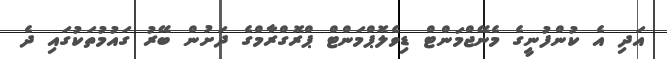
އަދި އެ ކުންފުނީގެ މެނޭޖްމަންޓް ޑިވެލޮޕްމަންޓް ޕްރޮގްރާމްގެ ދަށުން ބޭރު ގައުމުތަކުގައި ދެ